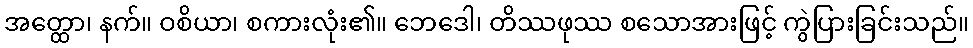
အတ္ထော၊ နက်။ ဝစိယာ၊ စကားလုံး၏။ ဘေဒေါ၊ တိဿဖုဿ စသောအားဖြင့် ကွဲပြားခြင်းသည်။